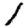
Digit: 1